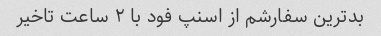
بدترین سفارشم از اسنپ فود با ۲ ساعت تاخیر